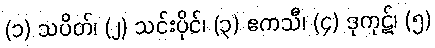
(၁) သပိတ်၊ (၂) သင်းပိုင်၊ (၃) ဧကသီ၊ (၄) ဒုကုဋ်၊ (၅)